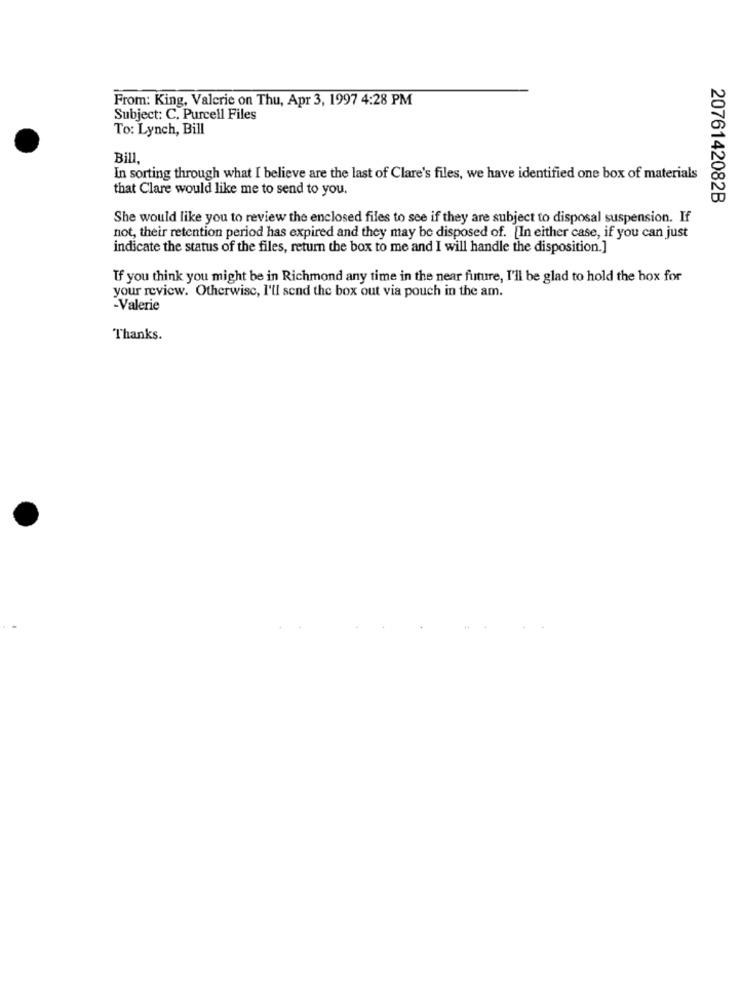
From: King, Valerie on Thu, Apr 3, 1997 4:28 PM
Subject: C. Purcell Files
To: Lynch, Bill
Bill,
In sorting through what I believe are the last of Clare's files, we have identified one box of materials
that Clare would like me to send to you.
2076142082B
She would like you to review the enclosed files to see if they are subject to disposal suspension. If
not, their retention period has expired and they may be disposed of. [In either case, if you can just
indicate the status of the files, return the box to me and I will handle the disposition.]
If you think you might be in Richmond any time in the near future, I'll be glad to hold the box for
your review. Otherwise, I'll send the box out via pouch in the am.
-Valerie
Thanks.